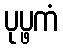
ပုပ္ဖကံ